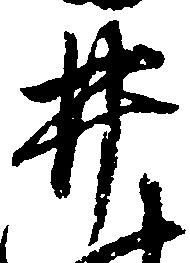
井